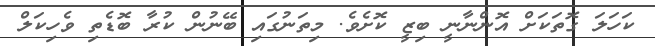
ކަހަލަ ގޮތަކަށް އޮންނާނީ ބިޒީ ކޮށެވެ. މިތަނުގައި ބޭނުން ކުރާ ބޮޑެތި ވެހިކަލް